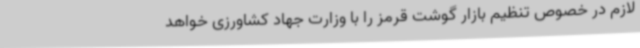
لازم در خصوص تنظیم بازار گوشت قرمز را با وزارت جهاد کشاورزی خواهد